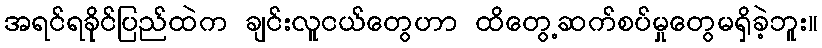
အရင်ရခိုင်ပြည်ထဲက ချင်းလူငယ်တွေဟာ ထိတွေ့ဆက်စပ်မှုတွေမရှိခဲ့ဘူး။